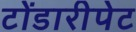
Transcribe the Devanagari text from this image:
टोंडारीपेट